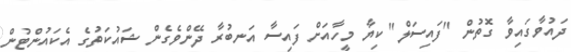
ދައުވާގައިވާ ގޮތުން "ފައިސަލް" ކިޔާ މީހާއަށް ފައިސާ އަނބުރާ ދޭންވެގެން ޝައުކަތުގެ އެކައުންޓުން